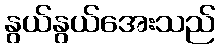
နွယ်နွယ်အေးသည်